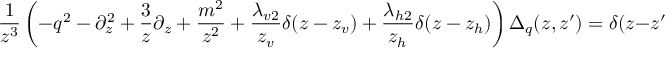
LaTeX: \frac { 1 } { z ^ { 3 } } \left( - q ^ { 2 } - \partial _ { z } ^ { 2 } + \frac { 3 } { z } \partial _ { z } + \frac { m ^ { 2 } } { z ^ { 2 } } + \frac { \lambda _ { v 2 } } { z _ { v } } \delta ( z - z _ { v } ) + \frac { \lambda _ { h 2 } } { z _ { h } } \delta ( z - z _ { h } ) \right) \Delta _ { q } ( z , z ^ { \prime } ) = \delta ( z - z ^ { \prime } ) .